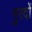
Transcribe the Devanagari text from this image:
गुरदों